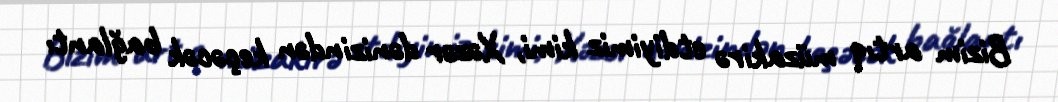
Bizim artıq müzakirə etdiyimiz kimi, Xəzər dənizindən keçəcək bağlantı